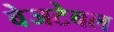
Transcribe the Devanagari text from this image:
वेजटेबल